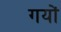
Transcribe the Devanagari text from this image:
गयों